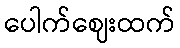
ပေါက်ဈေးထက်